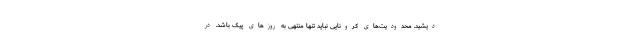
دیشید. محدودیت‌های کرونایی نباید تنها منتهی به روزهای پیک باشد. در